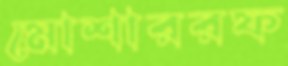
মোশাররফ